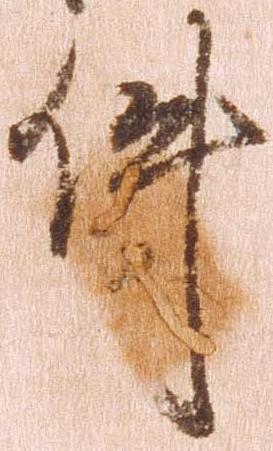
件